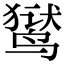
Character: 𬸚